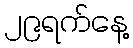
၂၉ရက်နေ့